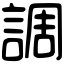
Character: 調